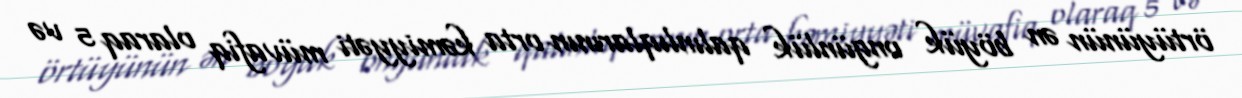
örtüyünün ən böyük ongünlük qalınlıqlarının orta kəmiyyəti müvafiq olaraq 5 və